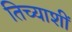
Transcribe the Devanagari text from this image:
तिच्याशीं